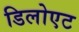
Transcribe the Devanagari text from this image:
डिलोएट